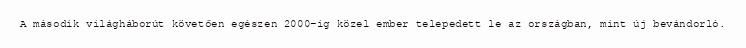
A második világháborút követően egészen 2000-ig közel ember telepedett le az országban, mint új bevándorló.